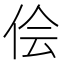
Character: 侩